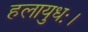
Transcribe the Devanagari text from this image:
हलायुधः।